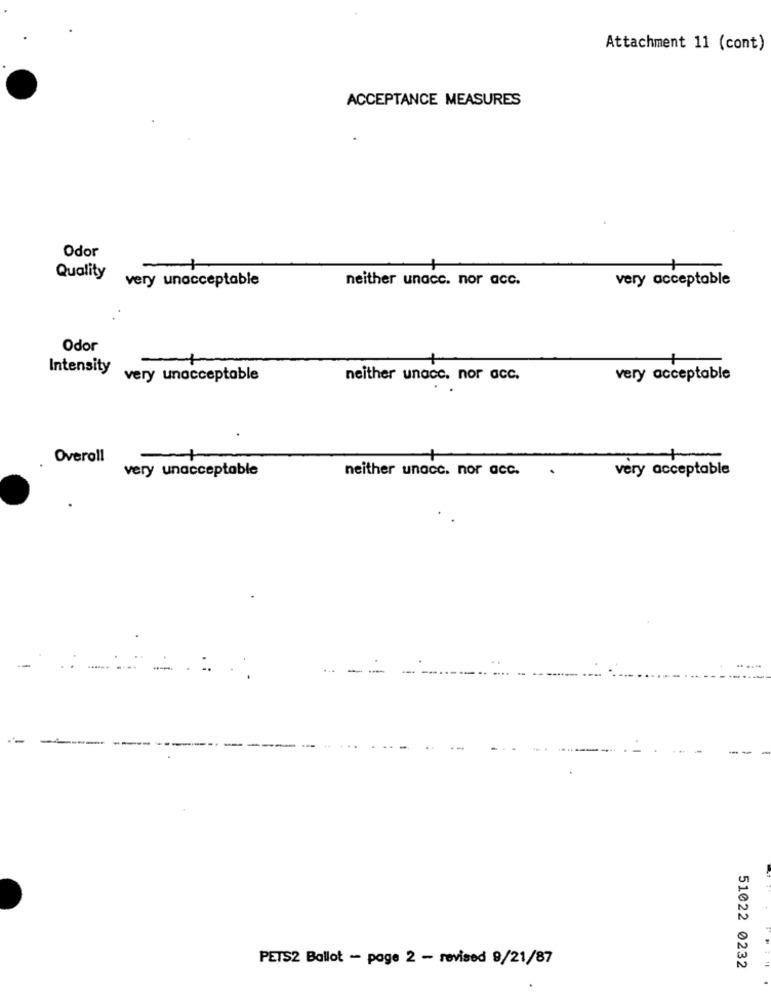
Attachment 11 (cont)
ACCEPTANCE MEASURES
Odor
neither unacc. nor acc.
very acceptable
Quality very unacceptable
Odor
Intensity very unacceptable
neither unacc. nor acc.
very acceptable
Overoll
very unacceptable
neither unacc. nor acc.
very acceptable
PETS2 Ballot - page 2 - revised 9/21/87
51022 0232